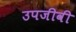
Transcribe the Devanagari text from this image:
उपजीवी